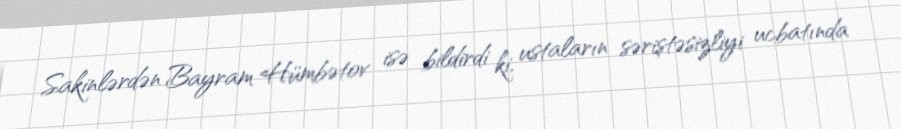
Sakinlərdən Bayram Hümbətov isə bildirdi ki, ustaların səriştəsizliyi ucbatında